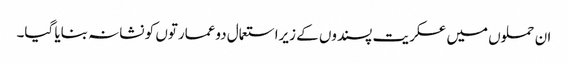
ان حملوں میں عسکریت پسندوں کے زیراستعمال دوعمارتوں کو نشانہ بنایا گیا۔